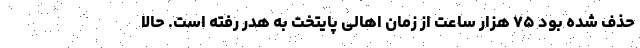
حذف شده بود ۷۵ هزار ساعت از زمان اهالی پایتخت به هدر رفته است. حالا